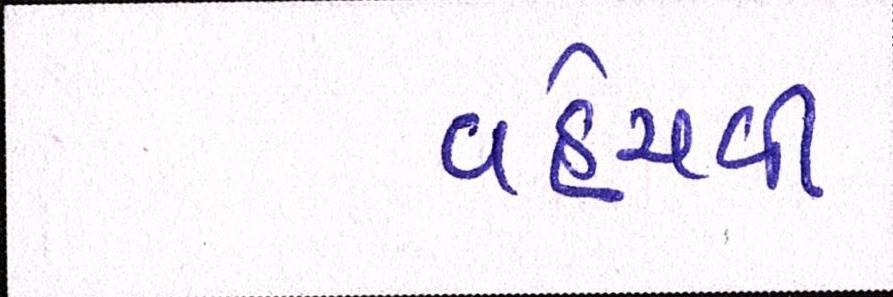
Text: વહેંચવી